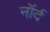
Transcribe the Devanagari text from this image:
नॉर्द